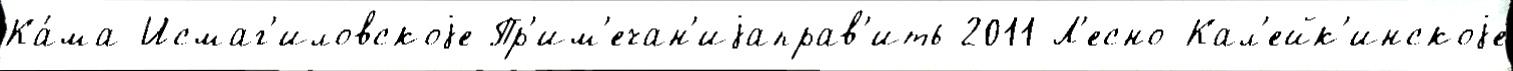
Ка́ма-Исмаг'иловскоjе Пр'им'ечан'иjаправ'ить 2011 Л'есно-Кал'ейк'инскоjе